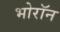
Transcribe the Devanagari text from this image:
भोरॉन